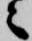
ニ